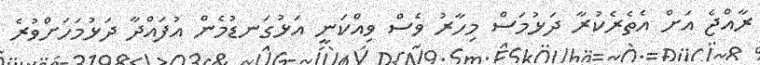
ރާއްޖެ އަށް އެތެރެކުރާ ދަޅުމަސް މިހާރު ވެސް ވިއްކަނީ އަޅުގަނޑުމެން އުފައްދާ ދަޅުމަހަށްވުރެ